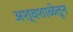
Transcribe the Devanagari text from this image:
अश्वशाळेतून